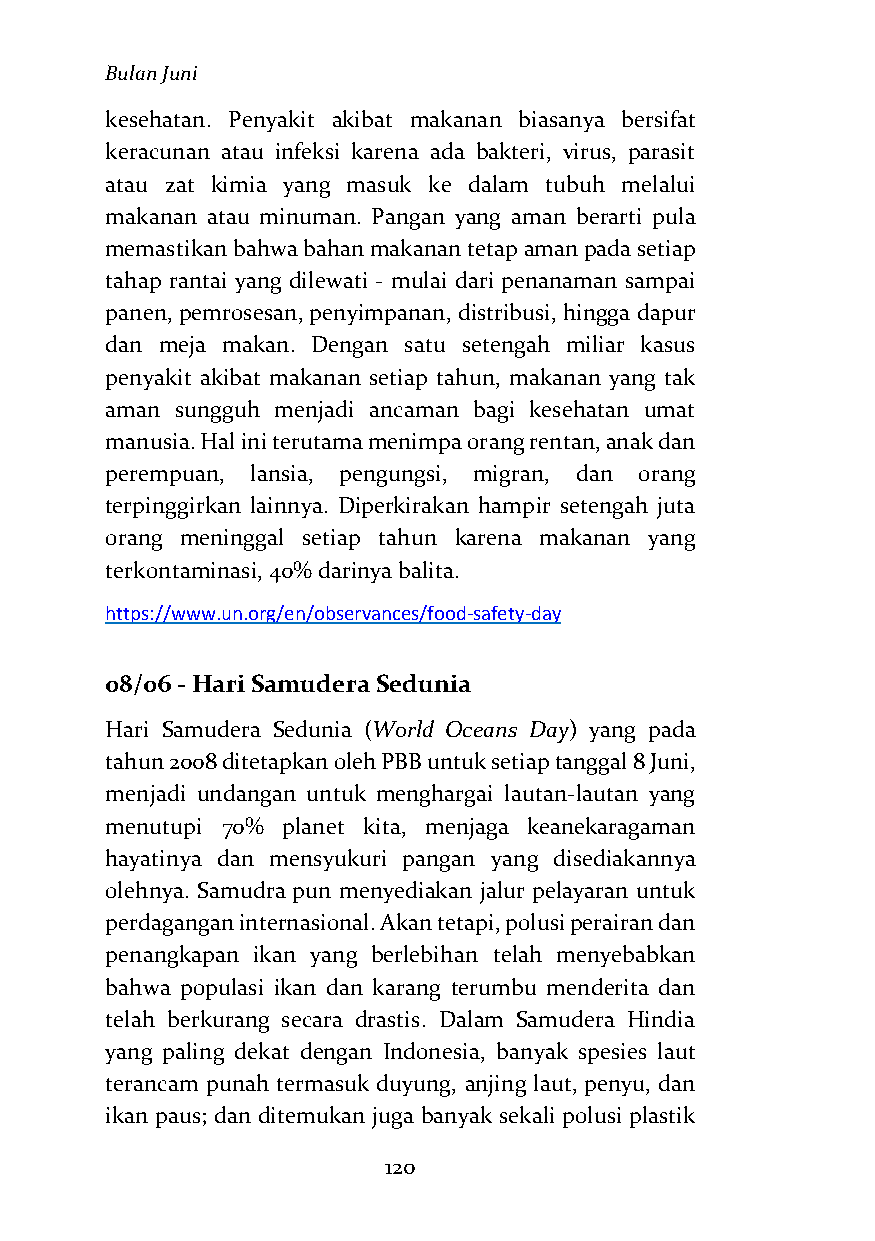
Bulan Juni
 kesehatan. Penyakit akibat makanan biasanya bersifat
 keracunan atau infeksi karena ada bakteri, virus, parasit
 atau zat kimia yang masuk ke dalam tubuh melalui
 makanan atau minuman. Pangan yang aman berarti pula
 memastikan bahwa bahan makanan tetap aman pada setiap
 tahap rantai yang dilewati - mulai dari penanaman sampai
 panen, pemrosesan, penyimpanan, distribusi, hingga dapur
 dan meja makan. Dengan satu setengah miliar kasus
 penyakit akibat makanan setiap tahun, makanan yang tak
 aman sungguh menjadi ancaman bagi kesehatan umat
 manusia. Hal ini terutama menimpa orang rentan, anak dan
 perempuan, lansia, pengungsi, migran, dan orang
 terpinggirkan lainnya. Diperkirakan hampir setengah juta
 orang meninggal setiap tahun karena makanan yang
 terkontaminasi, 40% darinya balita.
 https://www.un.org/en/observances/food-safety-day
 08/06 - Hari Samudera Sedunia
 Hari Samudera Sedunia (World Oceans Day) yang pada
 tahun 2008 ditetapkan oleh PBB untuk setiap tanggal 8 Juni,
 menjadi undangan untuk menghargai lautan-lautan yang
 menutupi 70% planet kita, menjaga keanekaragaman
 hayatinya dan mensyukuri pangan yang disediakannya
 olehnya. Samudra pun menyediakan jalur pelayaran untuk
 perdagangan internasional. Akan tetapi, polusi perairan dan
 penangkapan ikan yang berlebihan telah menyebabkan
 bahwa populasi ikan dan karang terumbu menderita dan
 telah berkurang secara drastis. Dalam Samudera Hindia
 yang paling dekat dengan Indonesia, banyak spesies laut
 terancam punah termasuk duyung, anjing laut, penyu, dan
 ikan paus; dan ditemukan juga banyak sekali polusi plastik
 120